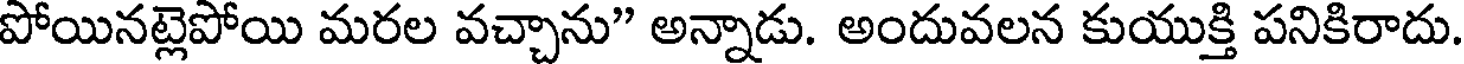
పోయినట్లెపోయి మరల వచ్చాను" అన్నాడు. అందువలన కుయుక్తి పనికిరాదు.